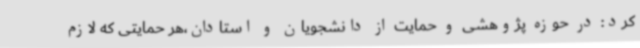
کرد: در حوزه پژوهشی و حمایت از دانشجویان و استادان،هر حمایتی که لازم